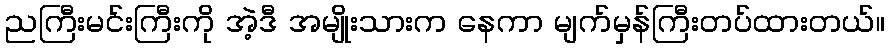
ညကြီးမင်းကြီးကို အဲ့ဒီ အမျိုးသားက နေကာ မျက်မှန်ကြီးတပ်ထားတယ်။